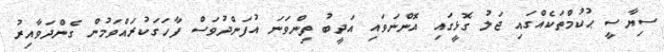
ސިޔާސީ ޙުކުމްތަކެއްގައި ޖަލު ގޮޅީގައި އޮންނަވައި އަދީބު ތިންވަނަ އުފަންދުވަސް ފާހަގަކުރައްވަމުން ގެންދަވާއިރު